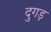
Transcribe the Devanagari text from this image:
दुगड़